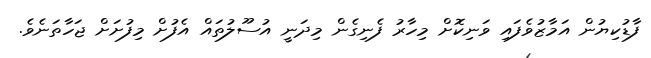
ފާޑުކިޔުން އަމާޒުވެފައި ވަނިކޮށް މިހާރު ފެނިގެން މިދަނީ އުސޫލުތައް އެފުށް މިފުށަށް ޖަހާތަނެވެ.